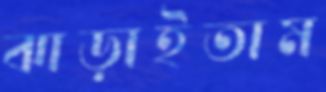
ঝাড়াইতাম